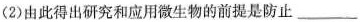
(2)由此得出研究和应用微生物的前提是防止___